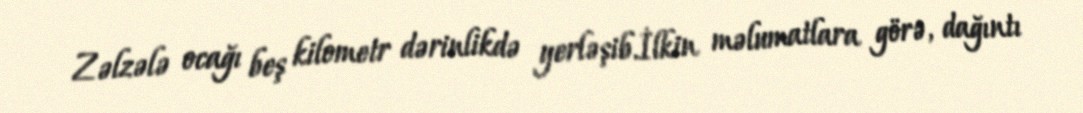
Zəlzələ ocağı beş kilometr dərinlikdə yerləşib.İlkin məlumatlara görə, dağıntı